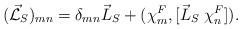
LaTeX: \begin{align*}(\vec{\cal L}_S)_{mn} = {\delta}_{mn} \vec{L}_S+({\chi}^F_m,[{\vec{L}_S} \;{\chi}^F_n]). \end{align*}